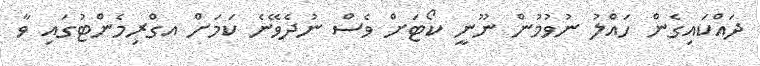
ދައްކައިގެން ހައްލު ނުވުމުން ނޫނީ ކޯޓަށް ވެސް ނުދެވޭނެ ކަމަށް އގްރިމެންޓުގައި ވާ